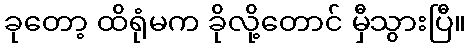
ခုတော့ ထိရုံမက ခိုလို့တောင် မှီသွားပြီ။